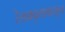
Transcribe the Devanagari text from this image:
रेखावृत्तापासून